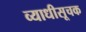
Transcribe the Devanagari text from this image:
व्याधीसूचक